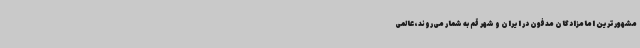
مشهورترین امامزادگان مدفون در ایران و شهر قم به شمار می‌روند، عالمی